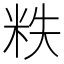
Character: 𰪵